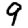
Digit: 9